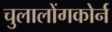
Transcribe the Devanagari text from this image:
चुलालोंगकोर्न